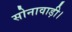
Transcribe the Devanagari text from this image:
सोनावाड़ी।